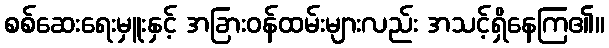
စစ်ဆေးရေးမှူးနှင့် အခြားဝန်ထမ်းများလည်း အသင့်ရှိနေကြ၏။